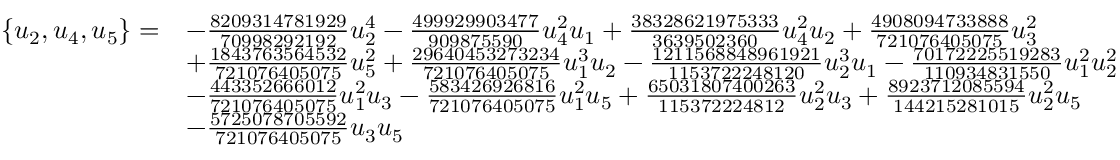
\begin{array} { r l } { \{ u _ { 2 } , u _ { 4 } , u _ { 5 } \} = } & { - \frac { 8 2 0 9 3 1 4 7 8 1 9 2 9 } { 7 0 9 9 8 2 9 2 1 9 2 } u _ { 2 } ^ { 4 } - \frac { 4 9 9 9 2 9 9 0 3 4 7 7 } { 9 0 9 8 7 5 5 9 0 } u _ { 4 } ^ { 2 } u _ { 1 } + \frac { 3 8 3 2 8 6 2 1 9 7 5 3 3 3 } { 3 6 3 9 5 0 2 3 6 0 } u _ { 4 } ^ { 2 } u _ { 2 } + \frac { 4 9 0 8 0 9 4 7 3 3 8 8 8 } { 7 2 1 0 7 6 4 0 5 0 7 5 } u _ { 3 } ^ { 2 } } \\ & { + \frac { 1 8 4 3 7 6 3 5 6 4 5 3 2 } { 7 2 1 0 7 6 4 0 5 0 7 5 } u _ { 5 } ^ { 2 } + \frac { 2 9 6 4 0 4 5 3 2 7 3 2 3 4 } { 7 2 1 0 7 6 4 0 5 0 7 5 } u _ { 1 } ^ { 3 } u _ { 2 } - \frac { 1 2 1 1 5 6 8 8 4 8 9 6 1 9 2 1 } { 1 1 5 3 7 2 2 2 4 8 1 2 0 } u _ { 2 } ^ { 3 } u _ { 1 } - \frac { 7 0 1 7 2 2 2 5 5 1 9 2 8 3 } { 1 1 0 9 3 4 8 3 1 5 5 0 } u _ { 1 } ^ { 2 } u _ { 2 } ^ { 2 } } \\ & { - \frac { 4 4 3 3 5 2 6 6 6 0 1 2 } { 7 2 1 0 7 6 4 0 5 0 7 5 } u _ { 1 } ^ { 2 } u _ { 3 } - \frac { 5 8 3 4 2 6 9 2 6 8 1 6 } { 7 2 1 0 7 6 4 0 5 0 7 5 } u _ { 1 } ^ { 2 } u _ { 5 } + \frac { 6 5 0 3 1 8 0 7 4 0 0 2 6 3 } { 1 1 5 3 7 2 2 2 4 8 1 2 } u _ { 2 } ^ { 2 } u _ { 3 } + \frac { 8 9 2 3 7 1 2 0 8 5 5 9 4 } { 1 4 4 2 1 5 2 8 1 0 1 5 } u _ { 2 } ^ { 2 } u _ { 5 } } \\ & { - \frac { 5 7 2 5 0 7 8 7 0 5 5 9 2 } { 7 2 1 0 7 6 4 0 5 0 7 5 } u _ { 3 } u _ { 5 } } \end{array}